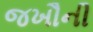
જખૌની